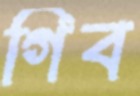
গিব